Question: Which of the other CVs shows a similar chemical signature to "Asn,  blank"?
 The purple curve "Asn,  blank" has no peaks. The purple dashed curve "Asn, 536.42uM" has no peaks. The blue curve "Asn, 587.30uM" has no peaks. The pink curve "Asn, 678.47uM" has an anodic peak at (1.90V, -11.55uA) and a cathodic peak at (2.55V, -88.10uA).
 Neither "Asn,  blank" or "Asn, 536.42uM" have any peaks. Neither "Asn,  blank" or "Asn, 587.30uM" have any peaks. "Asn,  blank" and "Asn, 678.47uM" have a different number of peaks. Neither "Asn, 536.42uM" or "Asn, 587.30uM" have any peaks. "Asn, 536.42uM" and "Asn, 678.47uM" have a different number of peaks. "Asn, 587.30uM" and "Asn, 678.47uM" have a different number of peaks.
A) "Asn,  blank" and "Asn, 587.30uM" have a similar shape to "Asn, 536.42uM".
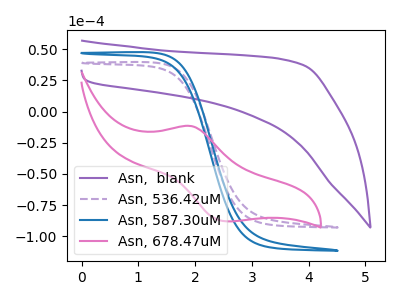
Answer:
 <answer>A) "Asn,  blank" and "Asn, 587.30uM" have a similar shape to "Asn, 536.42uM".</answer>
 <eval>A</eval>